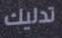
تدليك